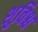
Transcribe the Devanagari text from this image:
शुविश्च